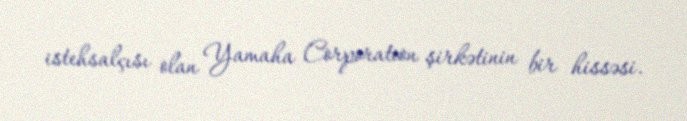
istehsalçısı olan Yamaha Corporation şirkətinin bir hissəsi.